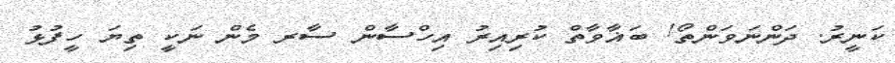
ކަނީރު. ދަންނަވަންތޯ! ބަޣާވާތް ކުރިއިރު އިހްސާން ސާރ މެން ނަކީ ތިޔަ ހީފުޅު